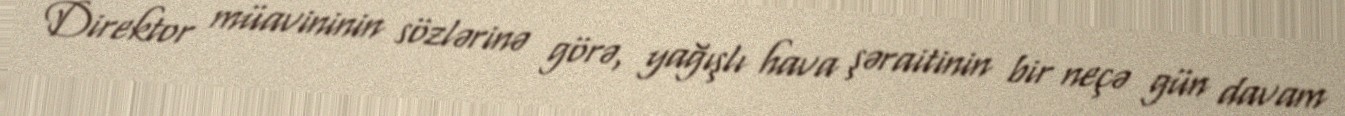
Direktor müavininin sözlərinə görə, yağışlı hava şəraitinin bir neçə gün davam